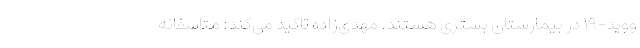
ووید-۱۹ در بیمارستان بستری هستند. مهدی‌زاده تاکید می‌کند: متاسفانه